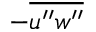
- \overline { { u ^ { \prime \prime } w ^ { \prime \prime } } }